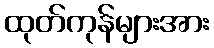
ထုတ်ကုန်များအား